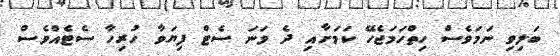
ބަލިވި ނަމަވެސް ހިތްހަމަޖެހޭ ކަމަށާއި ދެ ވަނަ ސެޓް ފިޔަވާ ހުރިހާ ސެޓެއްވެސް